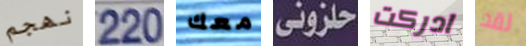
نهجم 220 معك حلزوني ادركت لقد